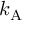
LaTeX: k _ { \mathrm { { A } } }